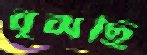
বুঝছি